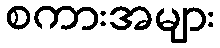
စကားအများ